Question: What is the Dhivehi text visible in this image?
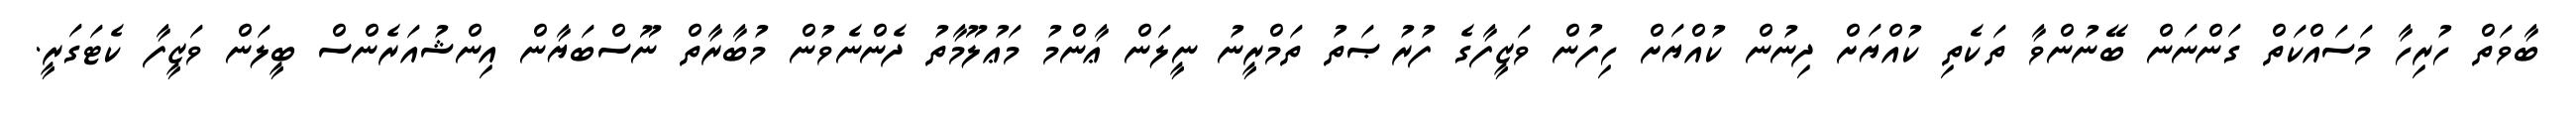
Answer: ބާވަތް ހުރިހާ މަސައްކަތް ގަންނަން ބޭނުންވާ ތަކެތި ކުއްޔަށް ދިނުން ކުއްޔަށް ހިފުން ވަޒީފާގެ ފުރުޞަތު ތަމްރީނު ނީލަން ޢާންމު މަޢުލޫމާތު ދެންނެވުން މުބާރާތް ނޫސްބަޔާން އިންޝުއަރެންސް ބީލަން ވަޒީފާ ކެޓަގަރީ.